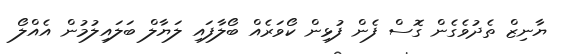
ޔާނިޒް ތެދުވެގެން ގޮސް ފެން ފުޅިން ކޯވަރެއް ބޯލާފައި ލަޔާލް ބަލައިލުމުން އެއްލޯ